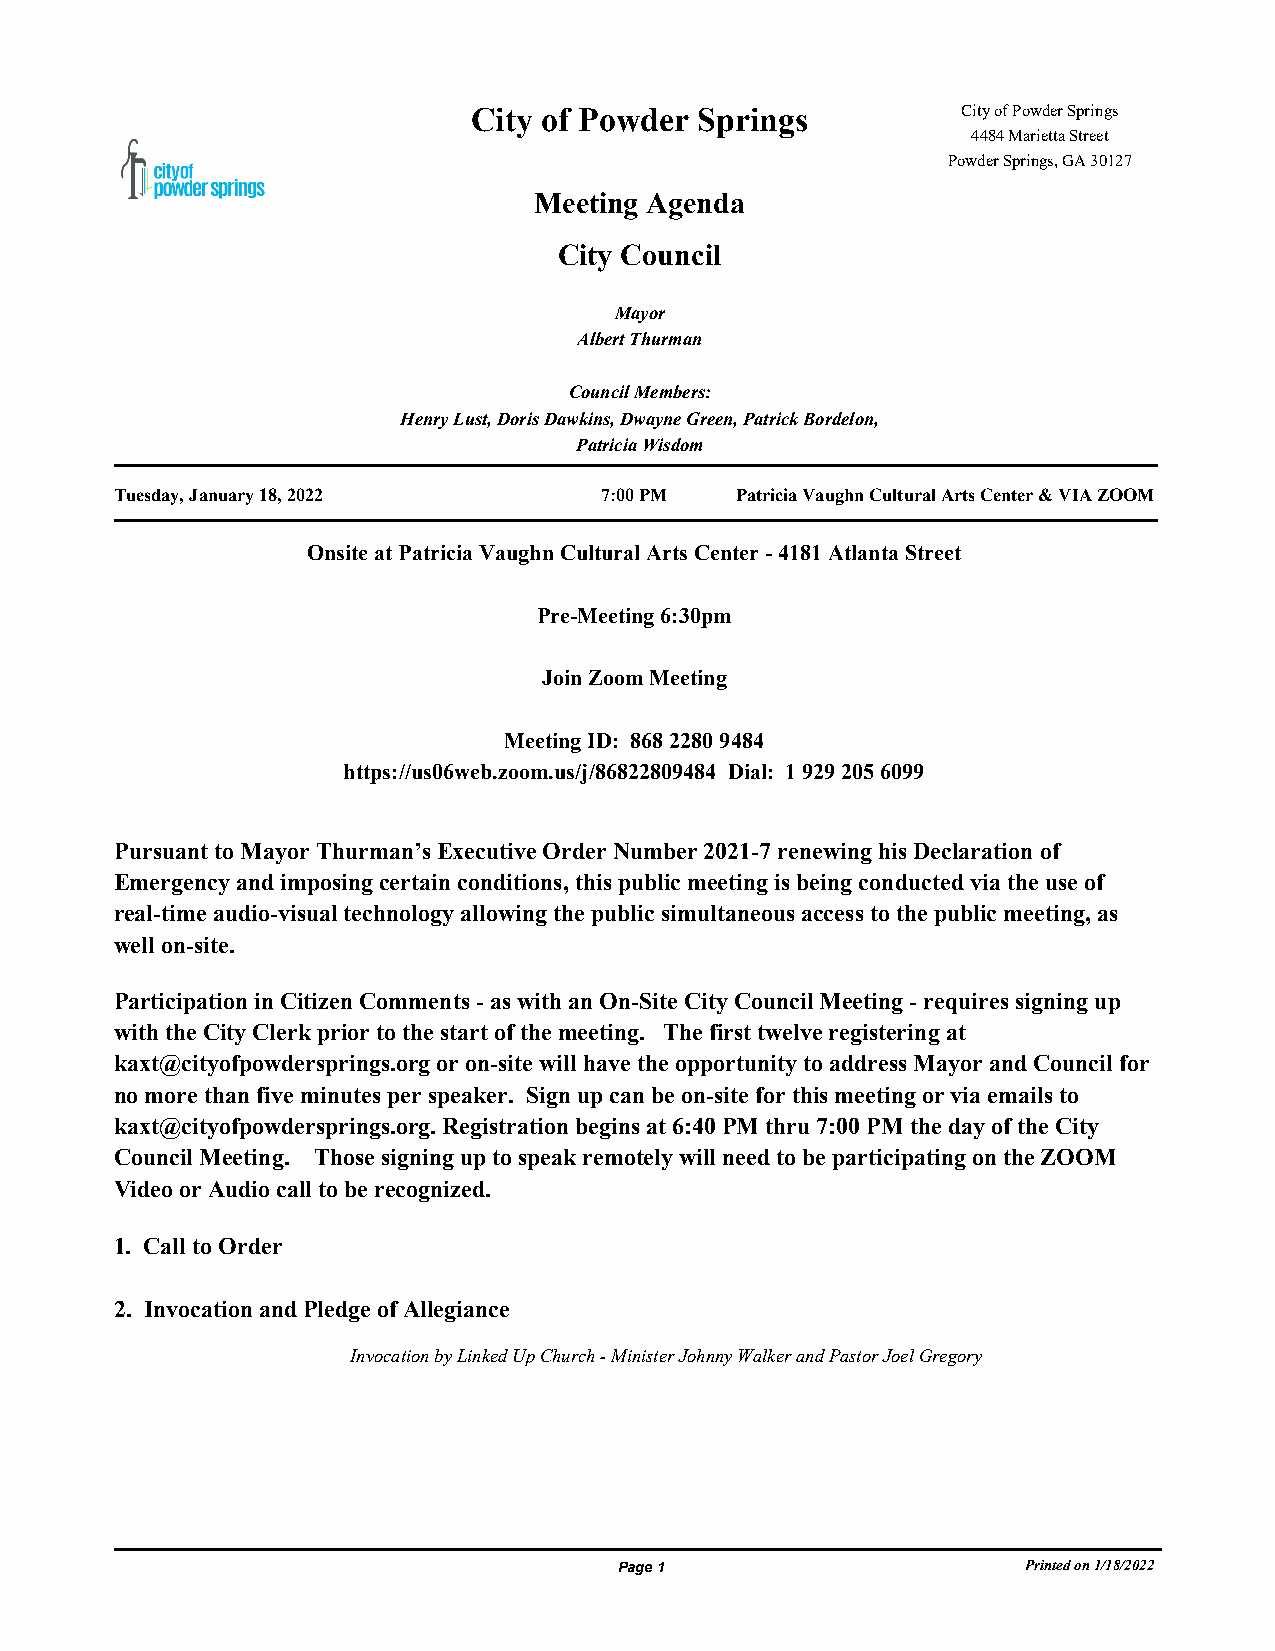
City of Powder Springs           City of Powder Springs
 4484 Marietta Street
 Powder Springs, GA 30127
 Meeting Agenda
 City Council
 Mayor
 Albert Thurman
 Council Members:
 Henry Lust, Doris Dawkins, Dwayne Green, Patrick Bordelon,
 Patricia Wisdom
 Tuesday, January 18, 2022       7:00 PM  Patricia Vaughn Cultural Arts Center & VIA ZOOM
 Onsite at Patricia Vaughn Cultural Arts Center - 4181 Atlanta Street
 Pre-Meeting 6:30pm
 Join Zoom Meeting
 Meeting ID: 868 2280 9484
 https://us06web.zoom.us/j/86822809484 Dial: 1 929 205 6099
 Pursuant to Mayor Thurman’s Executive Order Number 2021-7 renewing his Declaration of
 Emergency and imposing certain conditions, this public meeting is being conducted via the use of
 real-time audio-visual technology allowing the public simultaneous access to the public meeting, as
 well on-site.
 Participation in Citizen Comments - as with an On-Site City Council Meeting - requires signing up
 with the City Clerk prior to the start of the meeting. The first twelve registering at
 kaxt@cityofpowdersprings.org or on-site will have the opportunity to address Mayor and Council for
 no more than five minutes per speaker. Sign up can be on-site for this meeting or via emails to
 kaxt@cityofpowdersprings.org. Registration begins at 6:40 PM thru 7:00 PM the day of the City
 Council Meeting. Those signing up to speak remotely will need to be participating on the ZOOM
 Video or Audio call to be recognized.
 1. Call to Order
 2. Invocation and Pledge of Allegiance
 Invocation by Linked Up Church - Minister Johnny Walker and Pastor Joel Gregory
 Page 1                     Printed on 1/18/2022